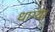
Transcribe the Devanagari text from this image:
धाग्या